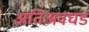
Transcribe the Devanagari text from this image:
अतिअवघड